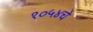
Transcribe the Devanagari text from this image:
१०५४चे